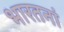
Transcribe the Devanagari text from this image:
भारतनां